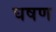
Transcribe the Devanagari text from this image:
घषण